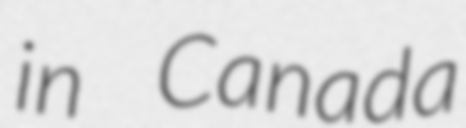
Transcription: in Canada